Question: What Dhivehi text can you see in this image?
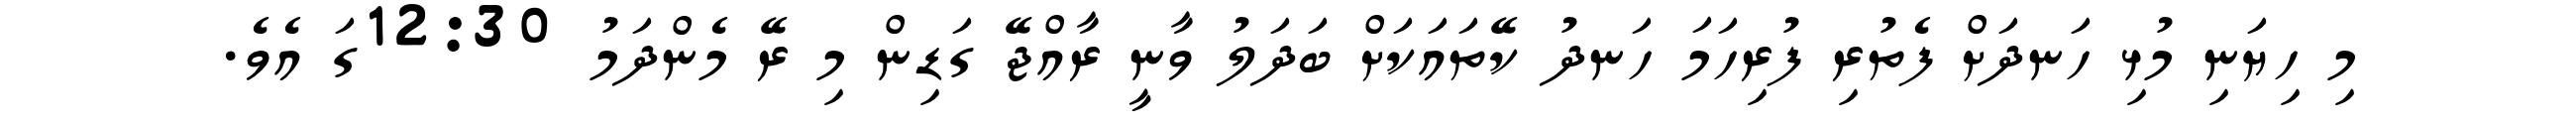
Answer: މި ހިޔަނި މުޅި ހަނދަށް ފެތުރި ފުރިހަމަ ހަނދު ކޭތައަކަށް ބަދަލު ވާނީ ރާއްޖޭ ގަޑިން މި ރޭ މެންދަމު 12:30ގަ އެވެ.